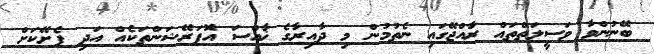
ބޭނުންވާ ވަސީލަތްތައް ރާއްޖޭގައި ނެތުމުން މި ދާއިރާގެ ޚާއްސަ އޮޕަރޭޝަންތަކެއް އަދި ފެށޭކަށް